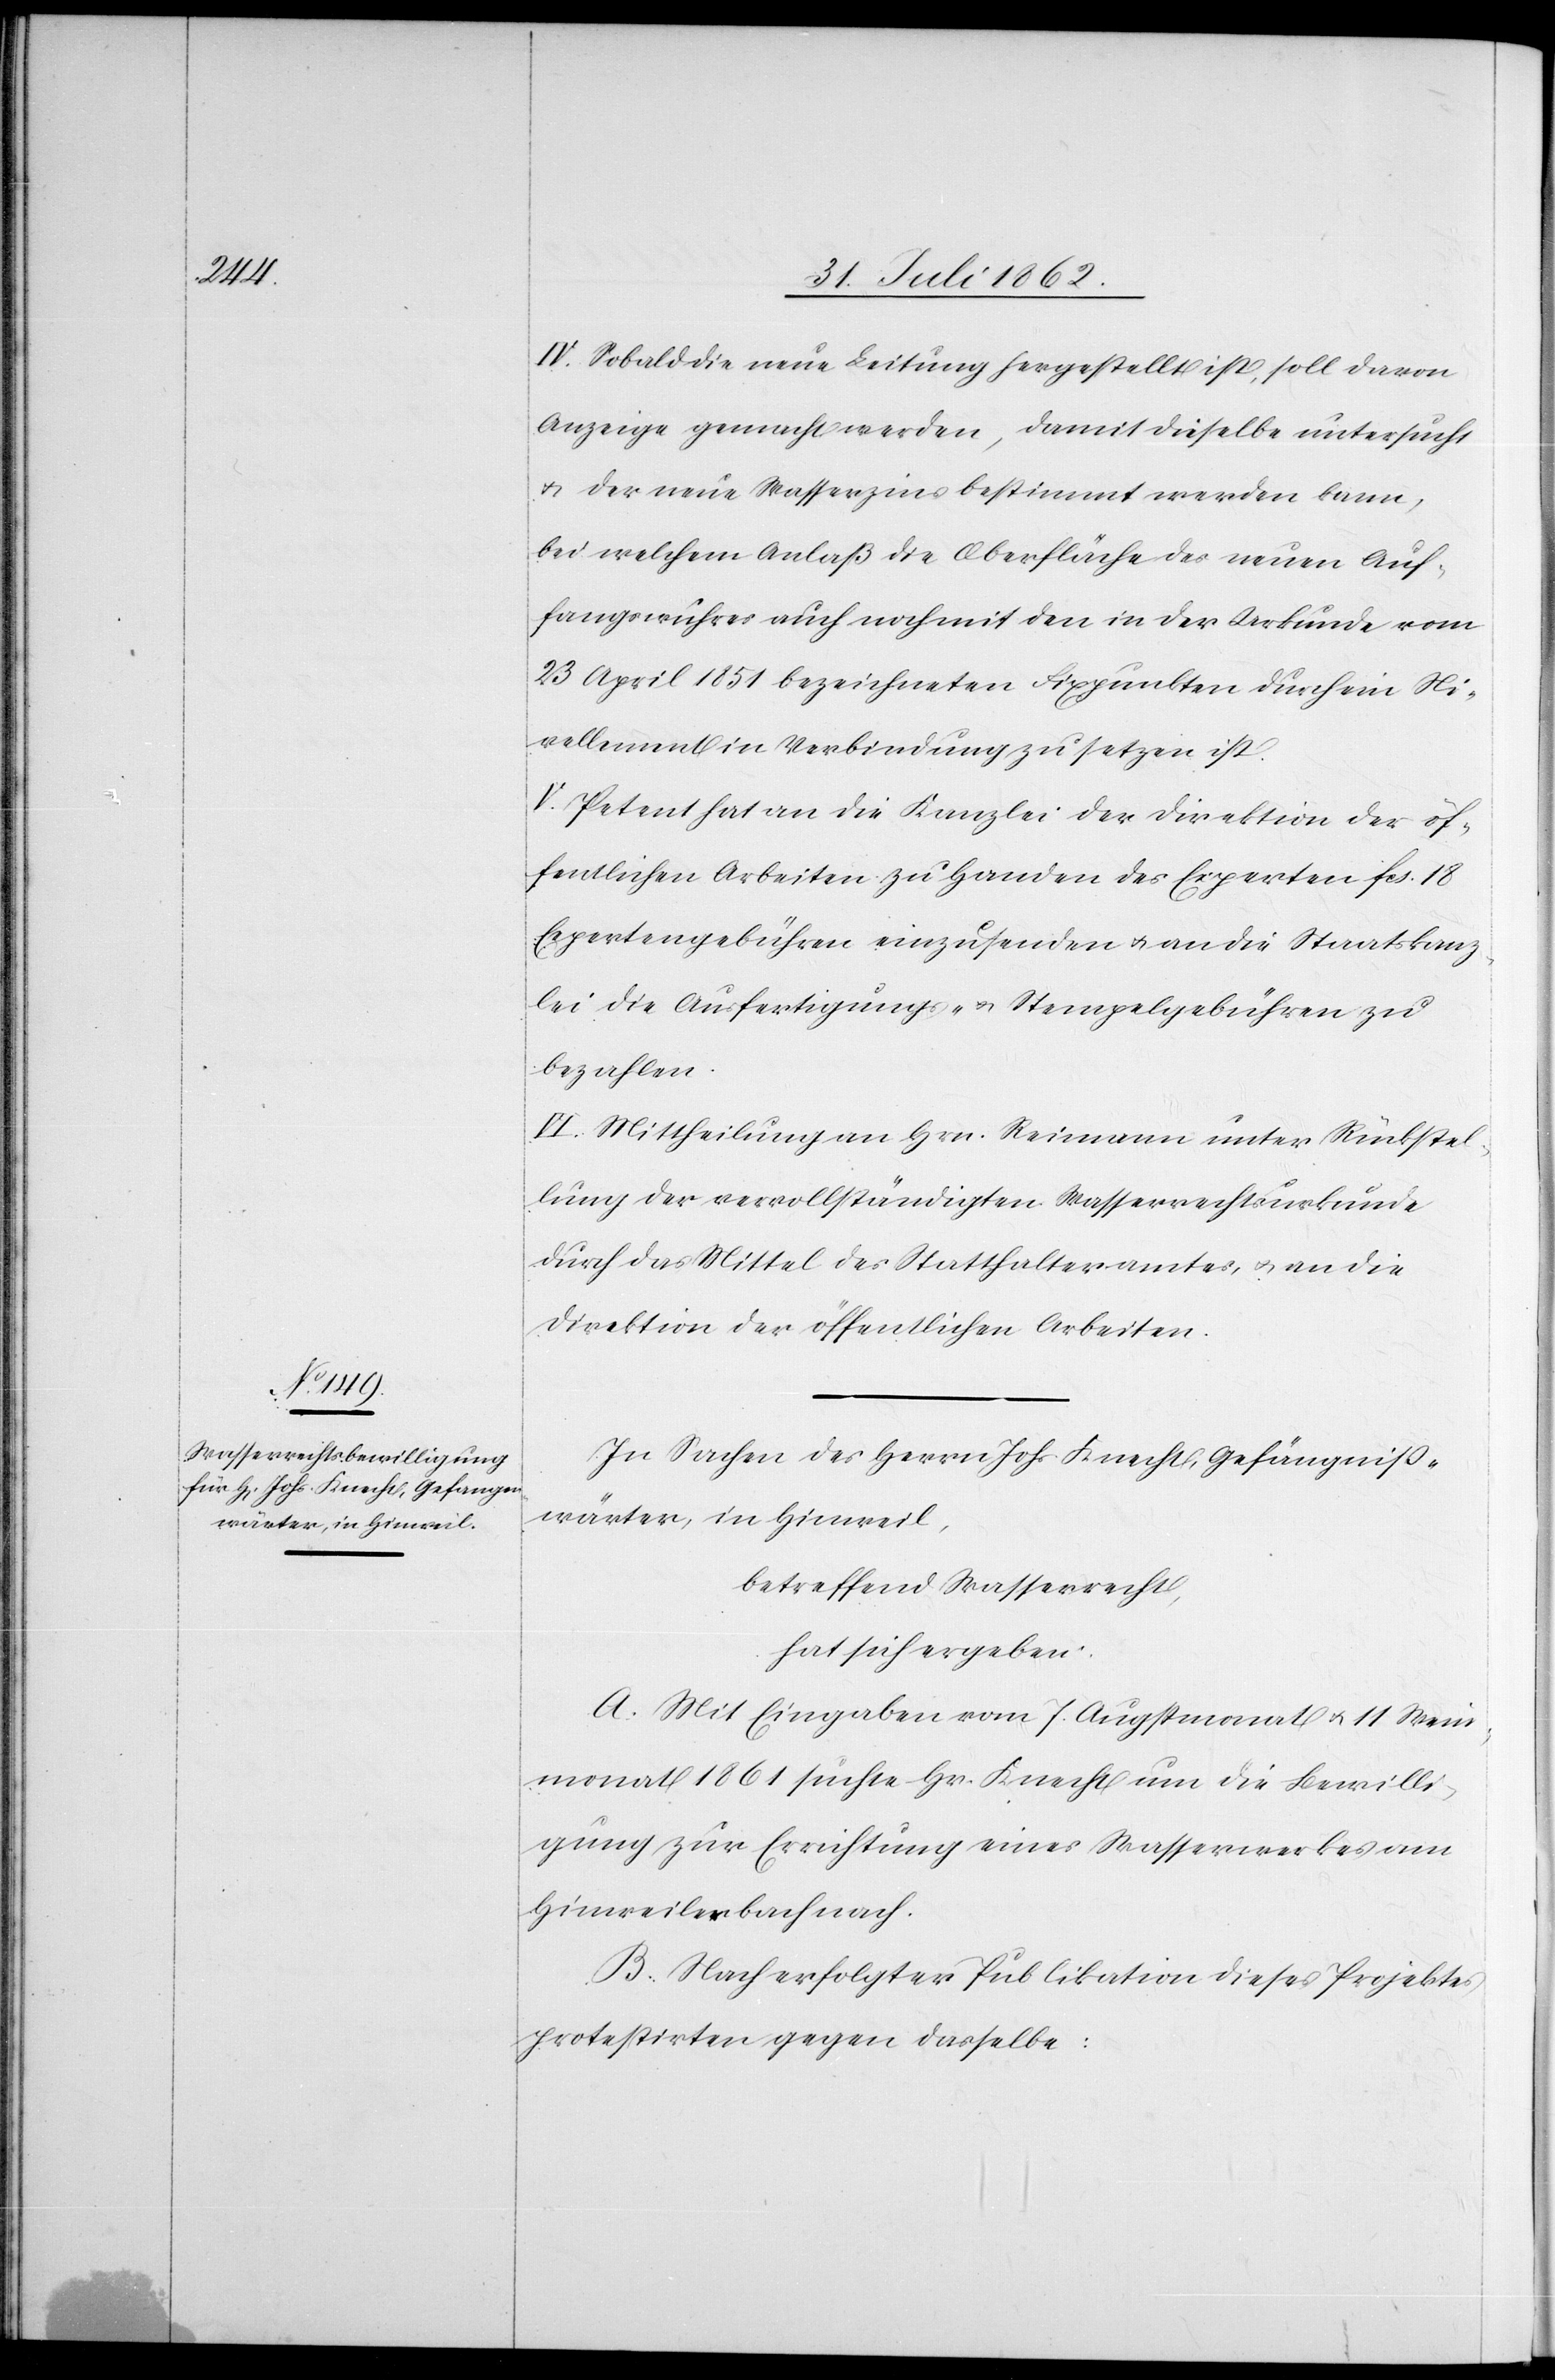
IV. Sobald die neue Leitung hergestellt ist, soll davon
Anzeige gemacht werden, damit dieselbe untersucht
u. der neue Wasserzins bestimmt werden kann,
bei welchem Anlaß die Oberfläche des neuen Auf¬
fangswuhres auch mit den in der Urkunde vom 23. April
Nivellement in Verbindung zu setzen ist.
V. Petent hat an die Kanzlei der Direktion der öf¬
fentlichen Arbeiten zu Handen des Experten fcs. 18
Expertengebühren einzusenden u. an die Staatskanz¬
lei die Ausfertigungs- u. Stempelgebühren zu
bezahlen.
VI. Mittheilung an Hrn. Reimann unter Rückstel¬
lung der vervollständigten Wasserrechtsurkunde
durch das Mittel des Statthalteramtes, u. an die
Direktion der öffentlichen Arbeiten.
In Sachen des Herrn Johs. Knecht, Gefängniß¬
wärter, in Hinweil,
betreffend Wasserrecht,
hat sich ergeben:
A. Mit Eingaben vom 7. Augstmonat u. 11. Wein¬
monat 1861 suchte Hr. Knecht um die Bewilli¬
gung zur Errichtung eines Wasserwerkes am
Hinweilerbach nach.
B. Nach erfolgter Publikation dieses Projektes
protestirten gegen dasselbe: